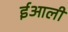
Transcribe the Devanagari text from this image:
ईआली